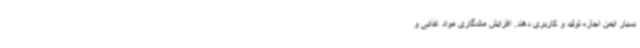
بسیار ایمن اجازه تولید و کاربری دهند. افزایش ماندگاری مواد غذایی و